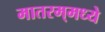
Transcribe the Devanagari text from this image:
मातरम्‌मध्ये